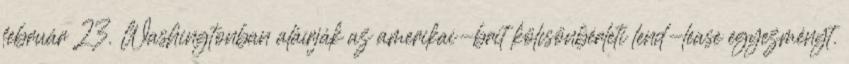
február 23. Washingtonban aláírják az amerikai-brit kölcsönbérleti lend-lease egyezményt.